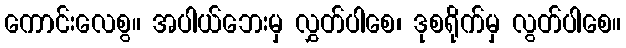
ကောင်းလေစွ။ အပါယ်ဘေးမှ လွှတ်ပါစေ၊ ဒုစရိုက်မှ လွတ်ပါစေ။